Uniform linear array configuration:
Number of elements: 24
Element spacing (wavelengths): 1
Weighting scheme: hamming
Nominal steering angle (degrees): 60
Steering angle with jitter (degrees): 59.804
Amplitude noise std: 0.05
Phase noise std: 0.05

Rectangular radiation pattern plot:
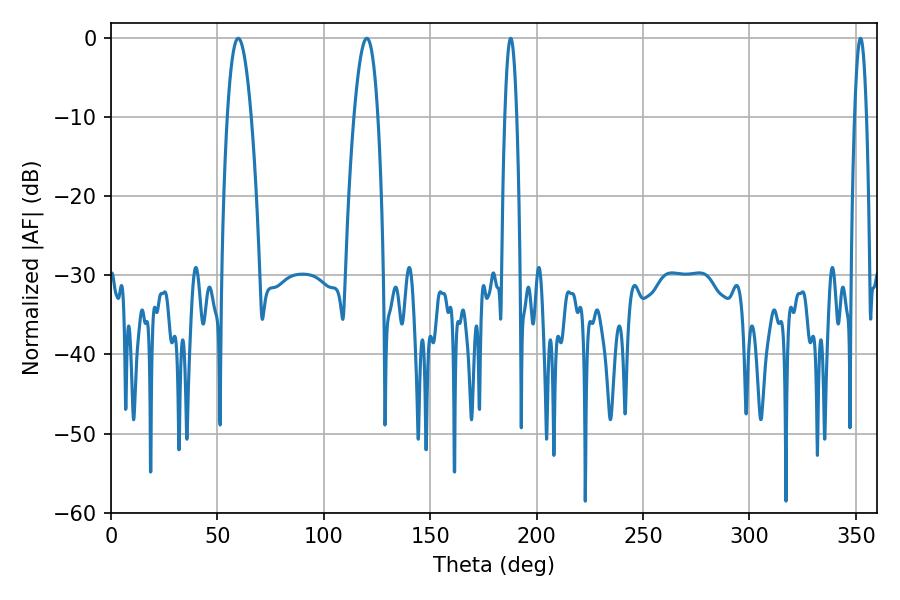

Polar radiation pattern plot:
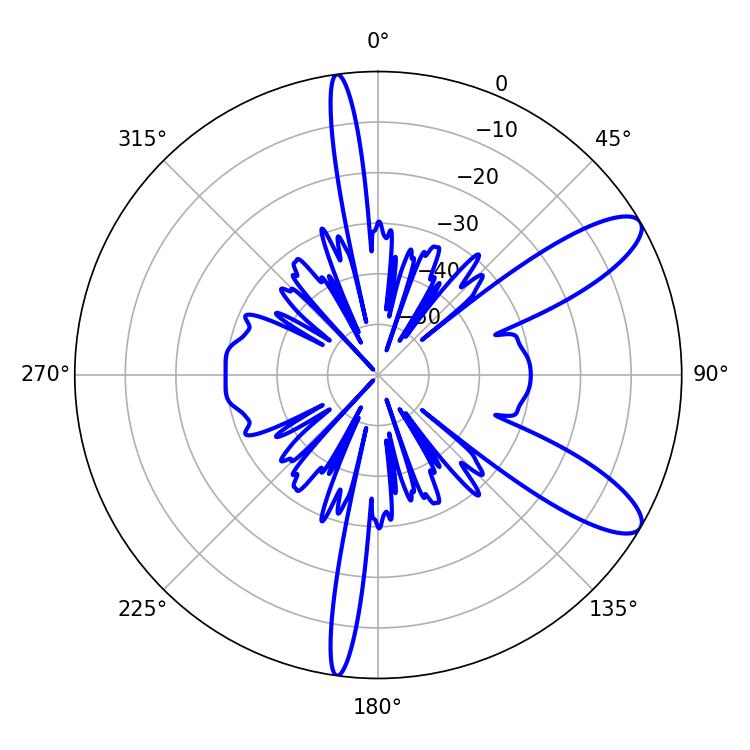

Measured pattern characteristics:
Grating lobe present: TRUE
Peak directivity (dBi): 10.329
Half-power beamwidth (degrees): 6.12
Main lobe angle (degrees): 59.76